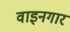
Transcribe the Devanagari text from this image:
वाइनगार